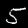
Label: 5